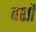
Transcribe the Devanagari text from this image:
वर्शों